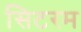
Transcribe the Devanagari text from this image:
सिटरम